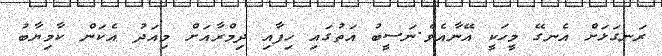
ރަނގަަޅަށް އެނގޭ މީހަކީ އޭނާއެވެ.ނަސީބު އަތުގައި ހިފާއި ދިމްރާއަށް މިއަދު އެކަން ކާމިޔާބު